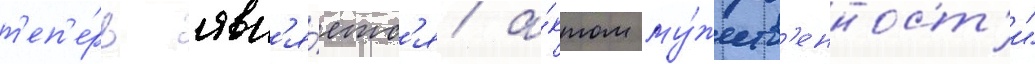
т'еп'е́рь явл'я́етс'я а́ктом му́жеств'енност'и"